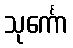
သုင်္ကော